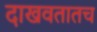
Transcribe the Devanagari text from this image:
दाखवतातच